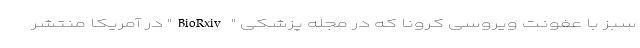
سبز با عفونت ویروسی کرونا که در مجله پزشکی " BioRxiv" در آمریکا منتشر